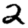
Digit: 2